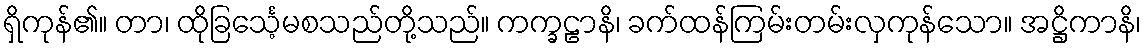
ရှိကုန်၏။ တာ၊ ထိုခြင်္သေ့မစသည်တို့သည်။ ကက္ခဠာနိ၊ ခက်ထန်ကြမ်းတမ်းလှကုန်သော။ အဋ္ဌိကာနိ၊